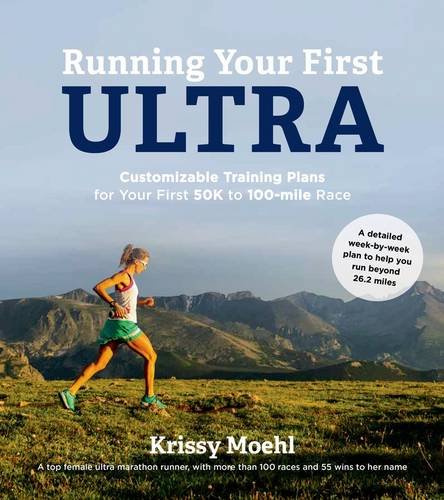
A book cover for Running Your First Ultra: Customizable Training Plans for Your First 50K to 100-mile Race; Krissy Moehl; Health, Fitness & Dieting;